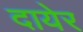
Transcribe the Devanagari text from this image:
दायेर